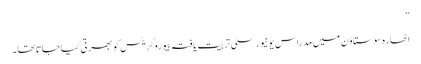
”
اٹھارہ سوستاوّن میں مدراس یونیورسٹی تربیت یافتہ بیوروکریٹس کو بھرتی کیا جاتا تھا۔